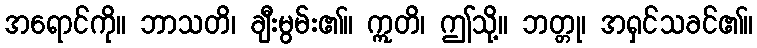
အရောင်ကို။ ဘာသတိ၊ ချီးမွမ်း၏။ ဣတိ၊ ဤသို့။ ဘတ္တု၊ အရှင်သခင်၏။